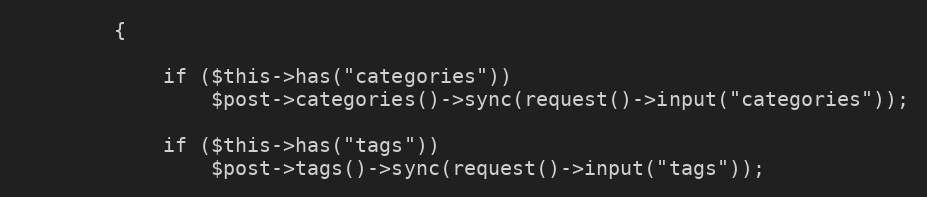
Language: PHP
        {

            if ($this->has("categories"))
                $post->categories()->sync(request()->input("categories"));

            if ($this->has("tags"))
                $post->tags()->sync(request()->input("tags"));